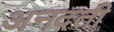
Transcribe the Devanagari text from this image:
अनदती